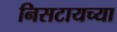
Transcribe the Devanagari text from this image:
निसटायच्या